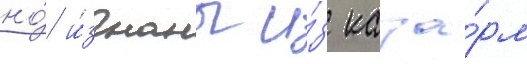
но́ и́згнаны и́з каза́рм